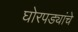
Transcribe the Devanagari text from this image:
घोरपड्यांचे